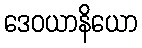
ဒေဝယာနိယော